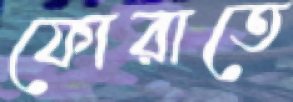
ফোরাতে